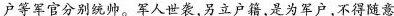
户等军官分别统帅。军人世袭，另立户籍，是为军户，不得随意